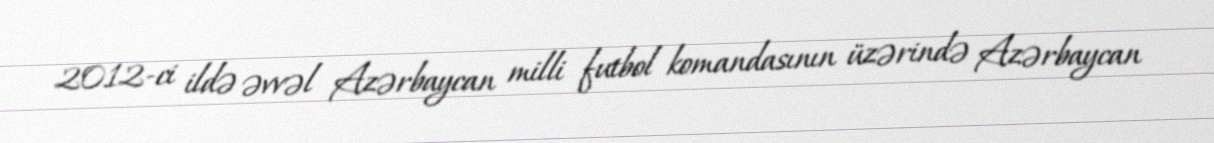
2012-ci ildə əvvəl Azərbaycan milli futbol komandasının üzərində Azərbaycan